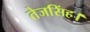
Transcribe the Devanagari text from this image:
तेजसिंह।